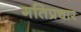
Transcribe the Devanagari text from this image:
गतिप्रचार